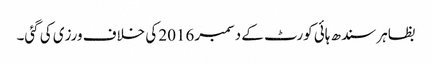
بظاہر سندھ ہائی کورٹ کے دسمبر 2016 کی خلاف ورزی کی گئی۔